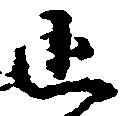
追